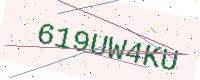
Text: 619UW4KU